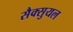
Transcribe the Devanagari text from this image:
सैक्सुयल